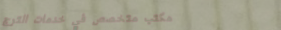
مكتب متخصص في خدمات الترج